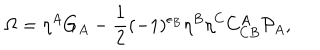
\Omega = \eta ^ { A } G _ { A } - \frac { 1 } { 2 } ( - 1 ) ^ { \epsilon _ { B } } \eta ^ { B } \eta ^ { C } C _ { C B } ^ { A } { \cal P } _ { A } ,